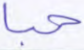
حبا